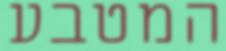
המטבע